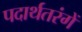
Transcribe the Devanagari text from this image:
पदार्थतरंगें